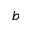
b